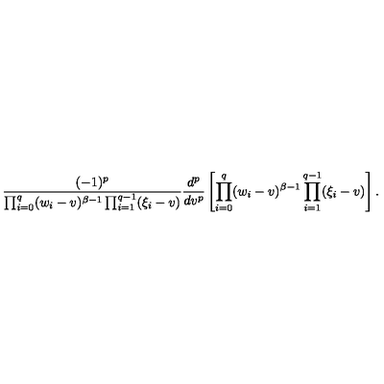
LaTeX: \frac { ( - 1 ) ^ { p } } { \prod _ { i = 0 } ^ { q } ( w _ { i } - v ) ^ { \beta - 1 } \prod _ { i = 1 } ^ { q - 1 } ( \xi _ { i } - v ) } \frac { d ^ { p } } { d v ^ { p } } \left[ \prod _ { i = 0 } ^ { q } ( w _ { i } - v ) ^ { \beta - 1 } \prod _ { i = 1 } ^ { q - 1 } ( \xi _ { i } - v ) \right] .